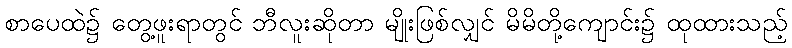
စာပေထဲ၌ တွေ့ဖူးရာတွင် ဘီလူးဆိုတာ မျိုးဖြစ်လျှင် မိမိတို့ကျောင်း၌ ထုထားသည့်